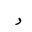
Letter: _ra